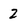
Character: 2